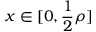
x \in [ 0 , \frac { 1 } { 2 } \rho ]